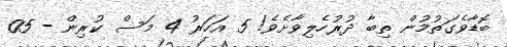
ބޮޑާވެގަތުމުން ތިބާ ދުރުހެލިވާށެވެ! 5 އަހަރު 4 މަސް ކުރިން - 05